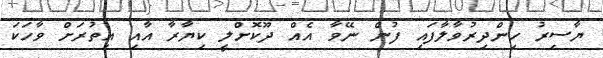
ޔާސިރު ހިންދިރުވާލާފައި ފުން ނޭވާ އެއް ދޫކޮށްލީ ކިޔާރާ އާއި އިތުރަށް ވާހަކަ